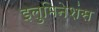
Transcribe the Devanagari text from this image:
इलुमिनेशंस